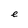
Character: e